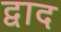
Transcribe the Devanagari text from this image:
द्वाद